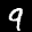
Label: 9